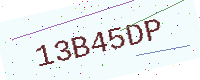
Text: 13B45DP